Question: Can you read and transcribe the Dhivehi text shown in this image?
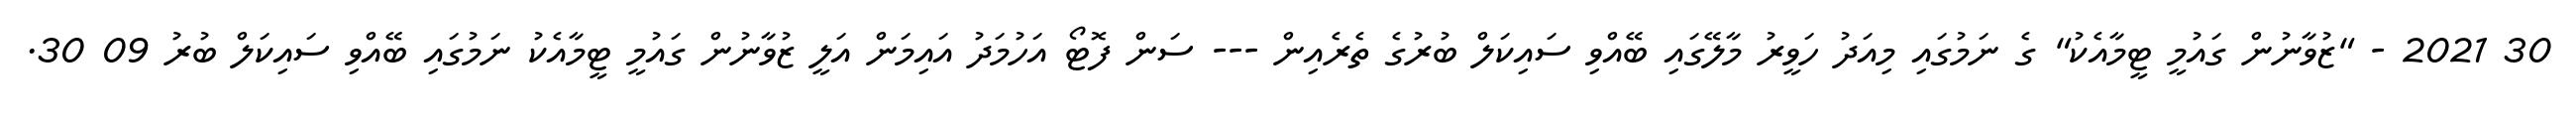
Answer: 30 2021 - "ޒުވާނުން ގައުމީ ޓީމާއެކު" ގެ ނަމުގައި މިއަދު ހަވީރު މާލޭގައި ބޭއްވި ސައިކަލް ބުރުގެ ތެރެއިން --- ސަން ފޮޓޯ އަހުމަދު އައިމަން އަލީ ޒުވާނުން ގައުމީ ޓީމާއެކު ނަމުގައި ބޭއްވި ސައިކަލް ބުރު 09 30.